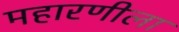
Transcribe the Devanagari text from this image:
महारणीला